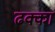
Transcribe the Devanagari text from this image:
ढक्कां